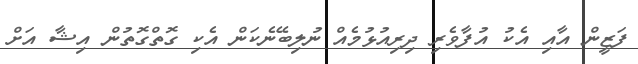
ފަޒީން އާއި އެކު އުފާވެރި ދިރިއުޅުމެއް ނުލިބޭނެކަން އެކި ގޮތްގޮތުން އިޝާ އަށް